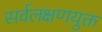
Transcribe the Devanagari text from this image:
सर्वलक्षणयुक्त